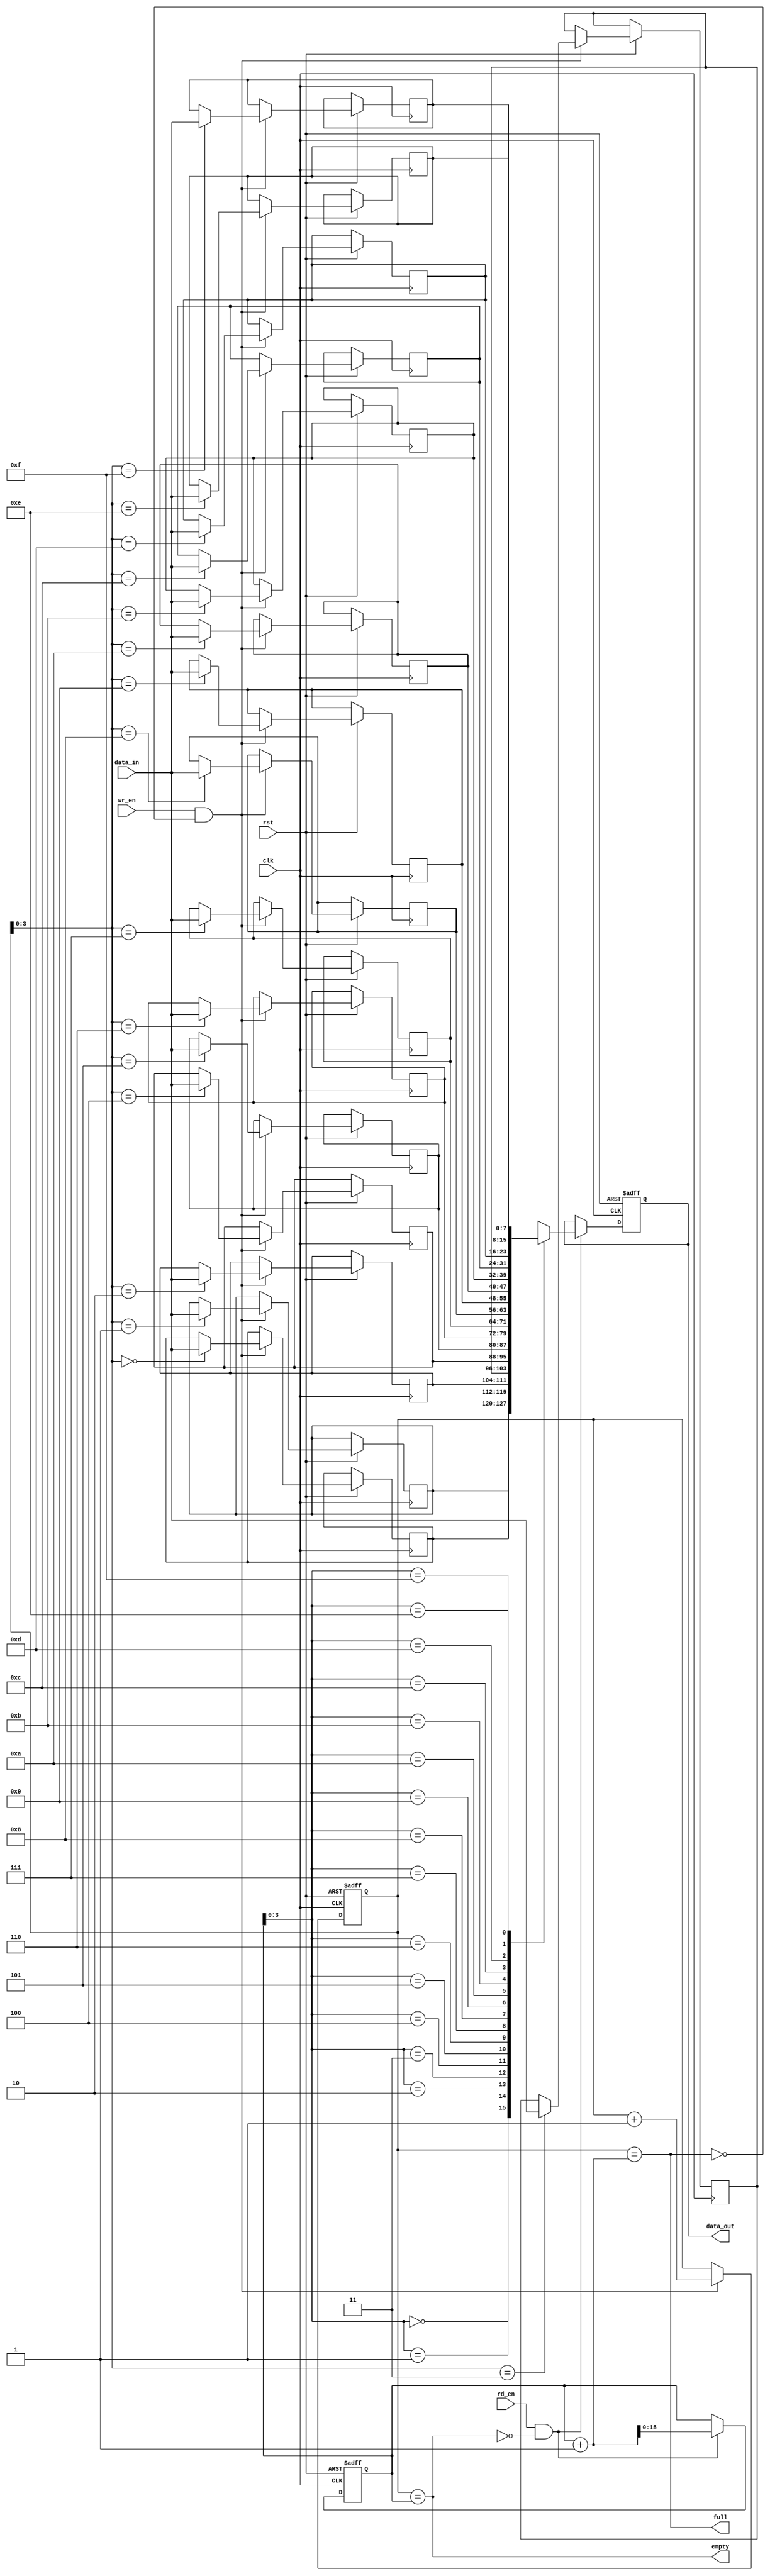
module gray_fifo #(parameter WIDTH = 8, DEPTH = 16)(
    input wire clk,
    input wire rst,
    input wire wr_en,
    input wire rd_en,
    input wire [WIDTH-1:0] data_in,
    output reg [WIDTH-1:0] data_out,
    output wire full,
    output wire empty
);

reg [WIDTH-1:0] fifo [DEPTH-1:0];
reg [DEPTH-1:0] read_ptr, write_ptr;

assign full = (write_ptr == read_ptr + 1);
assign empty = (write_ptr == read_ptr);

always @(posedge clk or negedge rst) begin
    if (~rst) begin
        read_ptr <= 0;
        write_ptr <= 0;
        data_out <= 0;
    end else begin
        if (wr_en && ~full) begin
            fifo[write_ptr] <= data_in;
            write_ptr <= write_ptr + 1;
        end
        if (rd_en && ~empty) begin
            data_out <= fifo[read_ptr];
            read_ptr <= read_ptr + 1;
        end
    end
end

endmodule